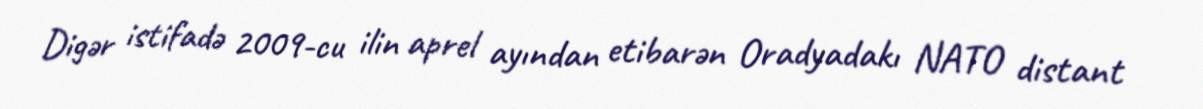
Digər istifadə 2009-cu ilin aprel ayından etibarən Oradyadakı NATO distant